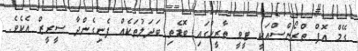
ގޭމް އޮފް ތްރޯންސްއަކީ ޓީވީ ތާރީހުގައި ބޮޑެތި ބަދަލުތަކެއް ފެނިގެންދާ ސީރީޒް އެކެވެ.